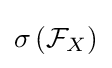
\sigma \left({\mathcal {F}}_{X}\right)